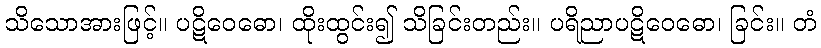
သိသောအားဖြင့်။ ပဋိဝေဓော၊ ထိုးထွင်း၍ သိခြင်းတည်း။ ပရိညာပဋိဝေဓော၊ ခြင်း။ တံ